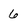
Character: 6